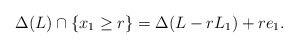
\begin{align*} \Delta(L)\cap\{x_1\geq r\}=\Delta(L-rL_1)+re_1.\end{align*}